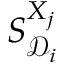
S _ { \mathcal { D } _ { i } } ^ { X _ { j } }